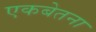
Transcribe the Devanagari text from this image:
एकबेतना